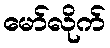
မော်လိုက်